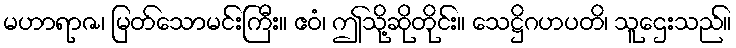
မဟာရာဇ၊ မြတ်သောမင်းကြီး။ ဧဝံ၊ ဤသို့ဆိုတိုင်း။ သေဋ္ဌိဂဟပတိ၊ သူဌေးသည်။